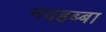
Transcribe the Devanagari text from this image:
नदहब्बा